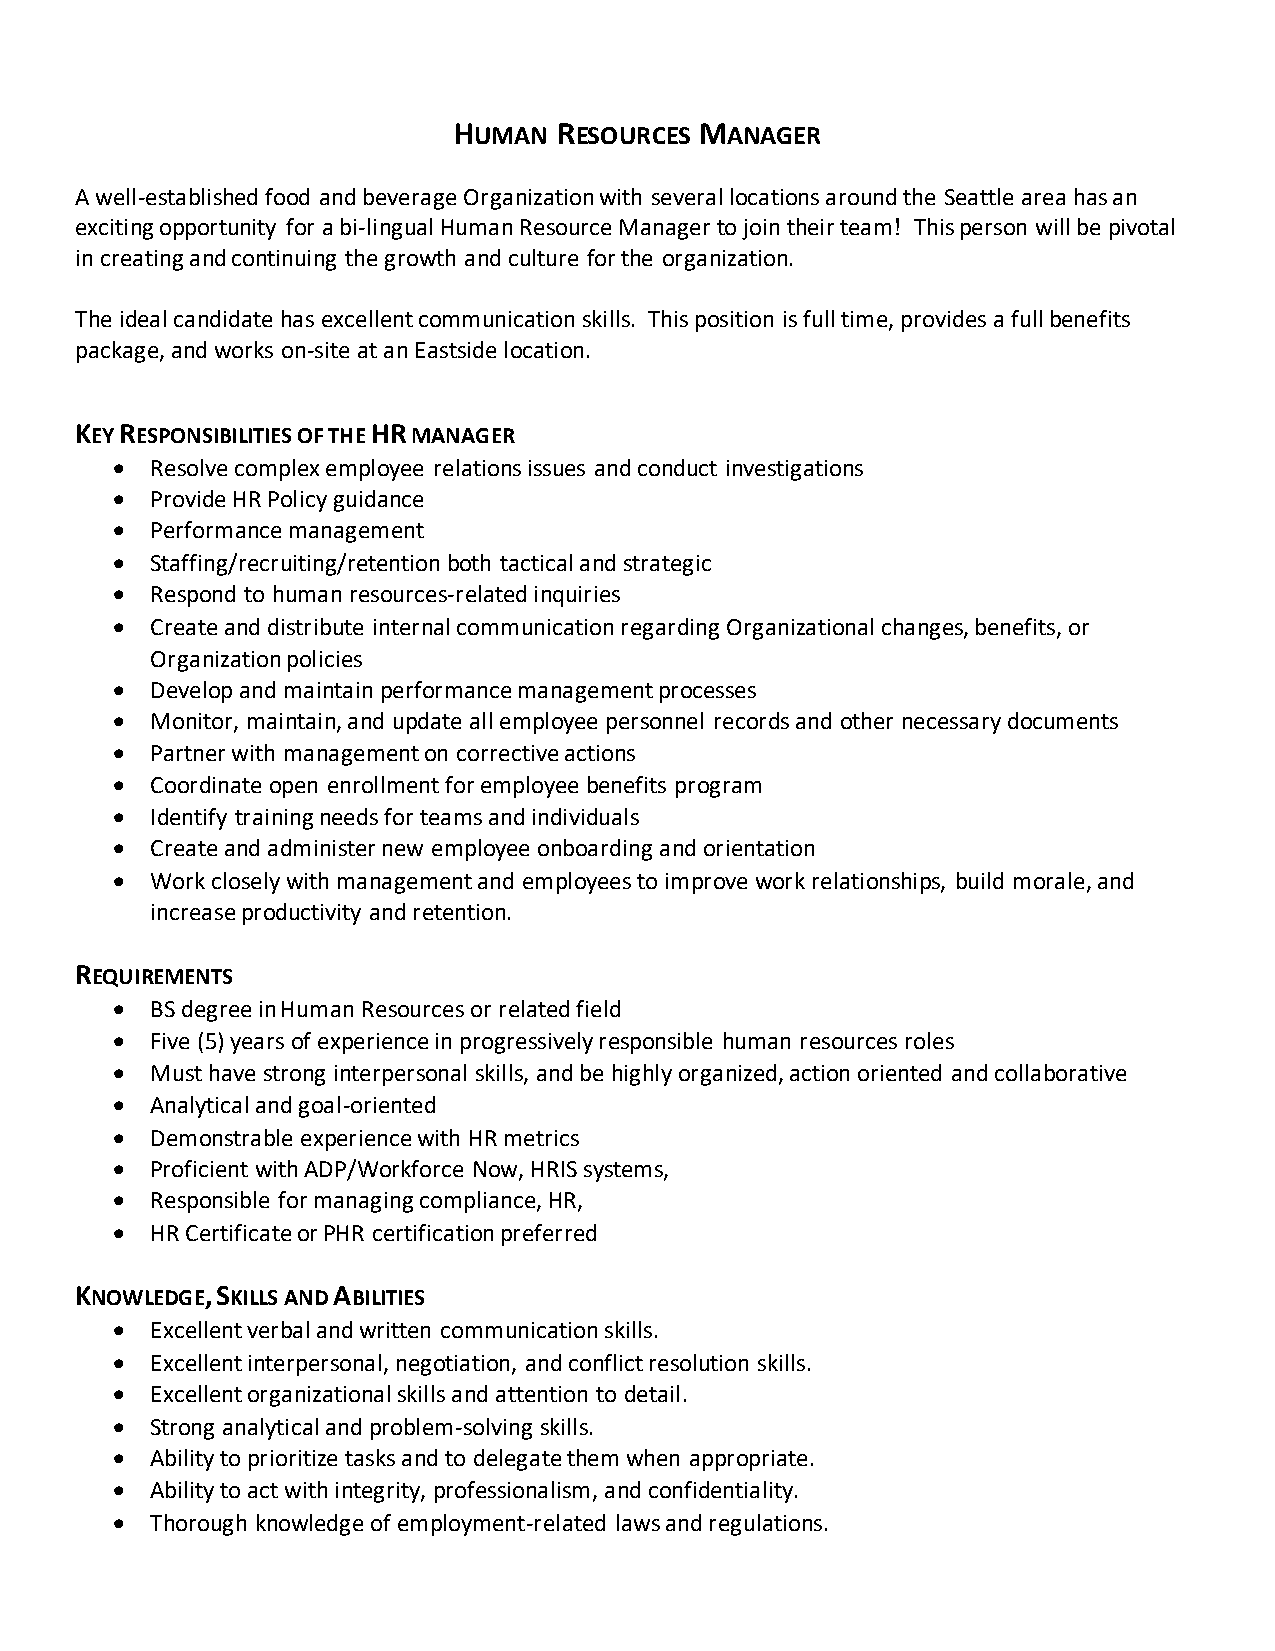
HUMAN  RESOURCES MANAGER
 A well-established food and beverage Organization with several locations around the Seattle area has an
 exciting opportunity for a bi-lingual Human Resource Manager to join their team! This person will be pivotal
 in creating and continuing the growth and culture for the organization.
 The ideal candidate has excellent communication skills. This position is full time, provides a full benefits
 package, and works on-site at an Eastside location.
 KEY RESPONSIBILITIES OF THE HR MANAGER
 •  Resolve complex employee relations issues and conduct investigations
 •  Provide HR Policy guidance
 •  Performance management
 •  Staffing/recruiting/retention both tactical and strategic
 •  Respond to human resources-related inquiries
 •  Create and distribute internal communication regarding Organizational changes, benefits, or
 Organization policies
 •  Develop and maintain performance management processes
 •  Monitor, maintain, and update all employee personnel records and other necessary documents
 •  Partner with management on corrective actions
 •  Coordinate open enrollment for employee benefits program
 •  Identify training needs for teams and individuals
 •  Create and administer new employee onboarding and orientation
 •  Work closely with management and employees to improve work relationships, build morale, and
 increase productivity and retention.
 REQUIREMENTS
 •  BS degree in Human Resources or related field
 •  Five (5) years of experience in progressively responsible human resources roles
 •  Must have strong interpersonal skills, and be highly organized, action oriented and collaborative
 •  Analytical and goal-oriented
 •  Demonstrable experience with HR metrics
 •  Proficient with ADP/Workforce Now, HRIS systems,
 •  Responsible for managing compliance, HR,
 •  HR Certificate or PHR certification preferred
 KNOWLEDGE, SKILLS AND ABILITIES
 •  Excellent verbal and written communication skills.
 •  Excellent interpersonal, negotiation, and conflict resolution skills.
 •  Excellent organizational skills and attention to detail.
 •  Strong analytical and problem-solving skills.
 •  Ability to prioritize tasks and to delegate them when appropriate.
 •  Ability to act with integrity, professionalism, and confidentiality.
 •  Thorough knowledge of employment-related laws and regulations.